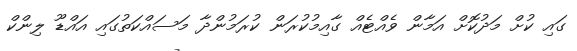
ގައި ކުށް މަދުކޮށް އަމާން ވެއްޓެއް ގާއިމުކުރަން ކުރަމުންދާ މަސައްކަތުގައި އައްޑޫ ލިންކް